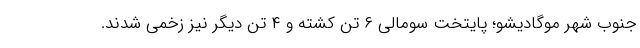
جنوب شهر موگادیشو؛ پایتخت سومالی ۶ تن کشته و ۴ تن دیگر نیز زخمی شدند.